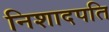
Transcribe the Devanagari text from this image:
निशादपति